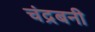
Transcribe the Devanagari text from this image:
चंद्रबनी